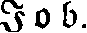
Job.